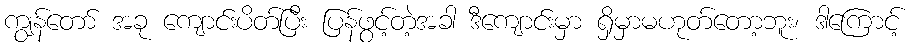
ကျွန်တော် အခု ကျောင်းပိတ်ပြီး ပြန်ဖွင့်တဲ့အခါ ဒီကျောင်းမှာ ရှိမှာမဟုတ်တော့ဘူး၊ ဒါကြောင့်